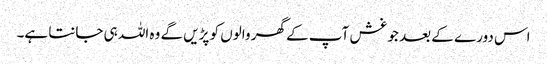
اس دورے کے بعد جو غش آپ کے گھر والوں کو پڑیں گے وہ اللہ ہی جانتا ہے۔